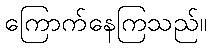
ကြောက်နေကြသည်။